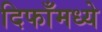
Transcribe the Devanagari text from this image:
दिफाँमध्ये